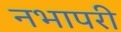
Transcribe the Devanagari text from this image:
नभापरी